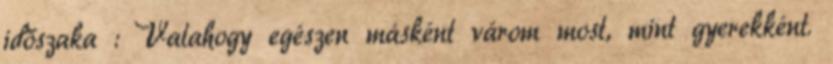
időszaka : Valahogy egészen másként várom most, mint gyerekként.